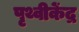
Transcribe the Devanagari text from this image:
पृथ्वीकेंद्र